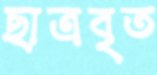
ছাত্রবৃত